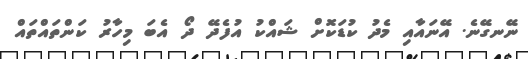
ނޭނގޭނެ. އޭނައާއި މެދު ކުޑަކޮށް ޝައްކު އުފެދޭ ދޯ އެބަ މިހާރު ކަންތައްތައް